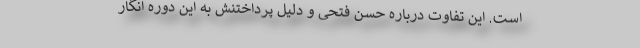
است. این تفاوت درباره حسن فتحی و دلیل پرداختنش به این دوره انگار